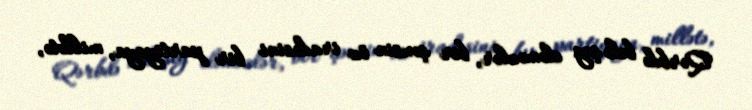
Qərbdə belə şey eləməzlər, bir şəxsin öz iradəsini bir partiyaya, millətə,